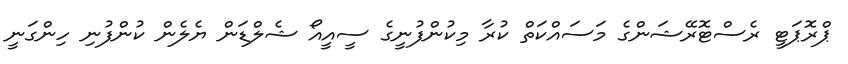
ޕްރޮޕަޓީ ރެސްޓޮރޭޝަންގެ މަސައްކަތް ކުރާ މިކުންފުނީގެ ސީއީއޯ ޝެލްޑަން ޔެލެން ކުންފުނި ހިންގަނީ